Relation of titanus [i.e. tetanus] to the hypodermic or intramuscular injection of quinine - Number 43
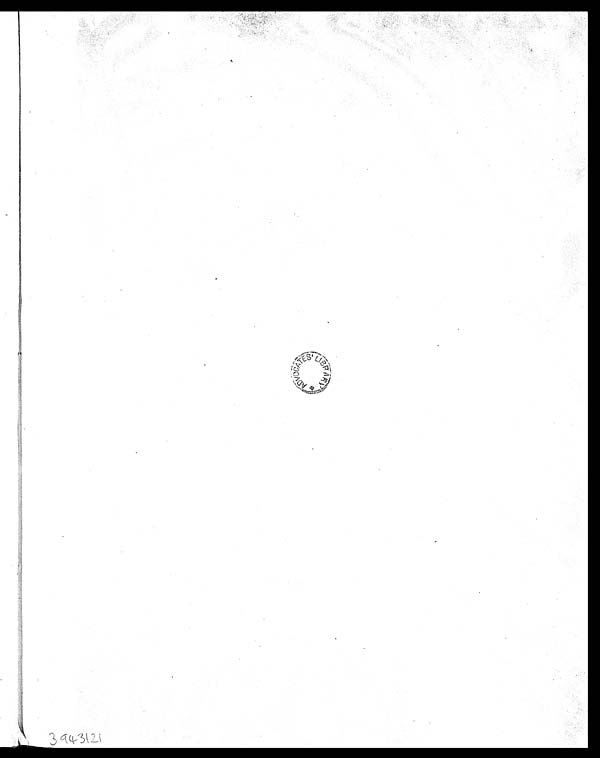
3 9 4 3 1 2 1